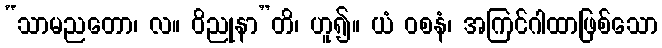
“သာမညတော၊ လ။ ဝိညုနာ”တိ၊ ဟူ၍။ ယံ ဝစနံ၊ အကြင်ဂါထာဖြစ်သော